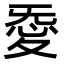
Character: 𢙴